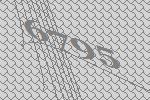
6795